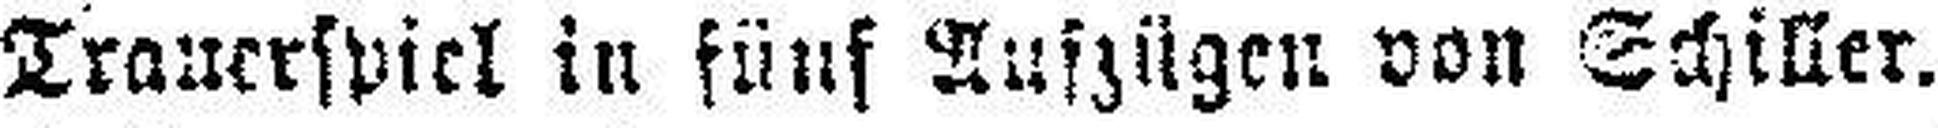
Tranerspiel in fünf Aufzügen von Schiller.